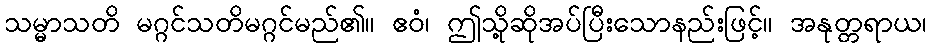
သမ္မာသတိ မဂ္ဂင်သတိမဂ္ဂင်မည်၏။ ဧဝံ၊ ဤသို့ဆိုအပ်ပြီးသောနည်းဖြင့်။ အနုတ္တရာယ၊